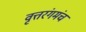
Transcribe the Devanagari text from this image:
वृत्तरंगमंच